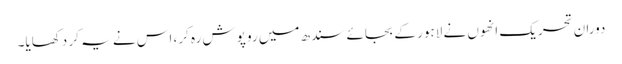
دوران تحریک انھوں نے لاہور کے بجائے سندھ میں رو پوش رہ کر، اس نے یہ کر دکھایا۔